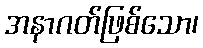
အနာဂတ်ဖြစ်သော၊